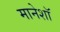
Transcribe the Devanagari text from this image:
मानेशॉ